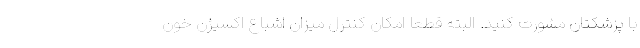
با پزشکتان مشورت کنید. البته قطعا امکان کنترل میزان اشباع اکسیژن خون